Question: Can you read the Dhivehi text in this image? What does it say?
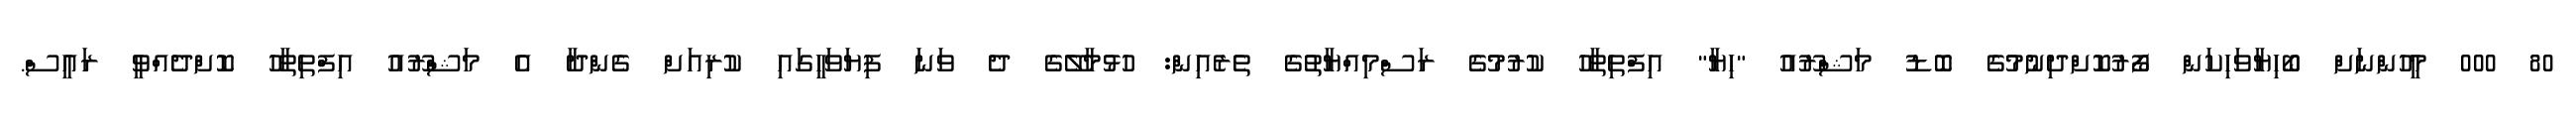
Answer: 80 000 މީހުންނަށް ބޯހިޔާވަހިކަން ފޯރުކޮށްދިނުމުގެ ބޮޑު މަޝްރޫއު "ހިޔާ" އިފްތިތާހު ކުރުމުގެ ރަސްމިއްޔާތުގެ ތެރެއިން: ހުޅުމާލޭގެ ދެ ވަނަ ފިޔަވަހީގައި ކުރިއަށް ގެންދާ އެ މަޝްރޫއު އިފްތިތާހު ކޮށްދެއްވީ ރައީސް.